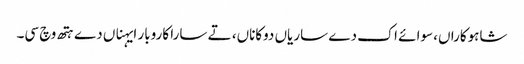
شاہوکاراں، سوائے اک دے ساریاں دوکاناں، تے سارا کاروبار ایہناں دے ہتھ وچ سی۔